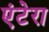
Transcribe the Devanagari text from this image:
एंटेरा